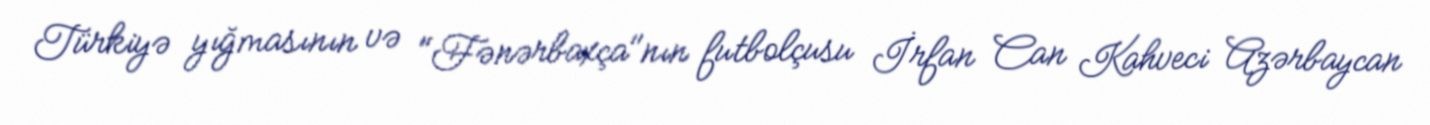
Türkiyə yığmasının və "Fənərbaxça"nın futbolçusu İrfan Can Kahveci Azərbaycan